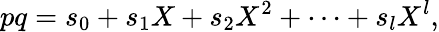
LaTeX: pq=s_{0}+s_{1}X+s_{2}X^{2}+\cdots+s_{l}X^{l},